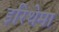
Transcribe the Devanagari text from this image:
इरिथेमा